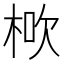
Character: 𣒱